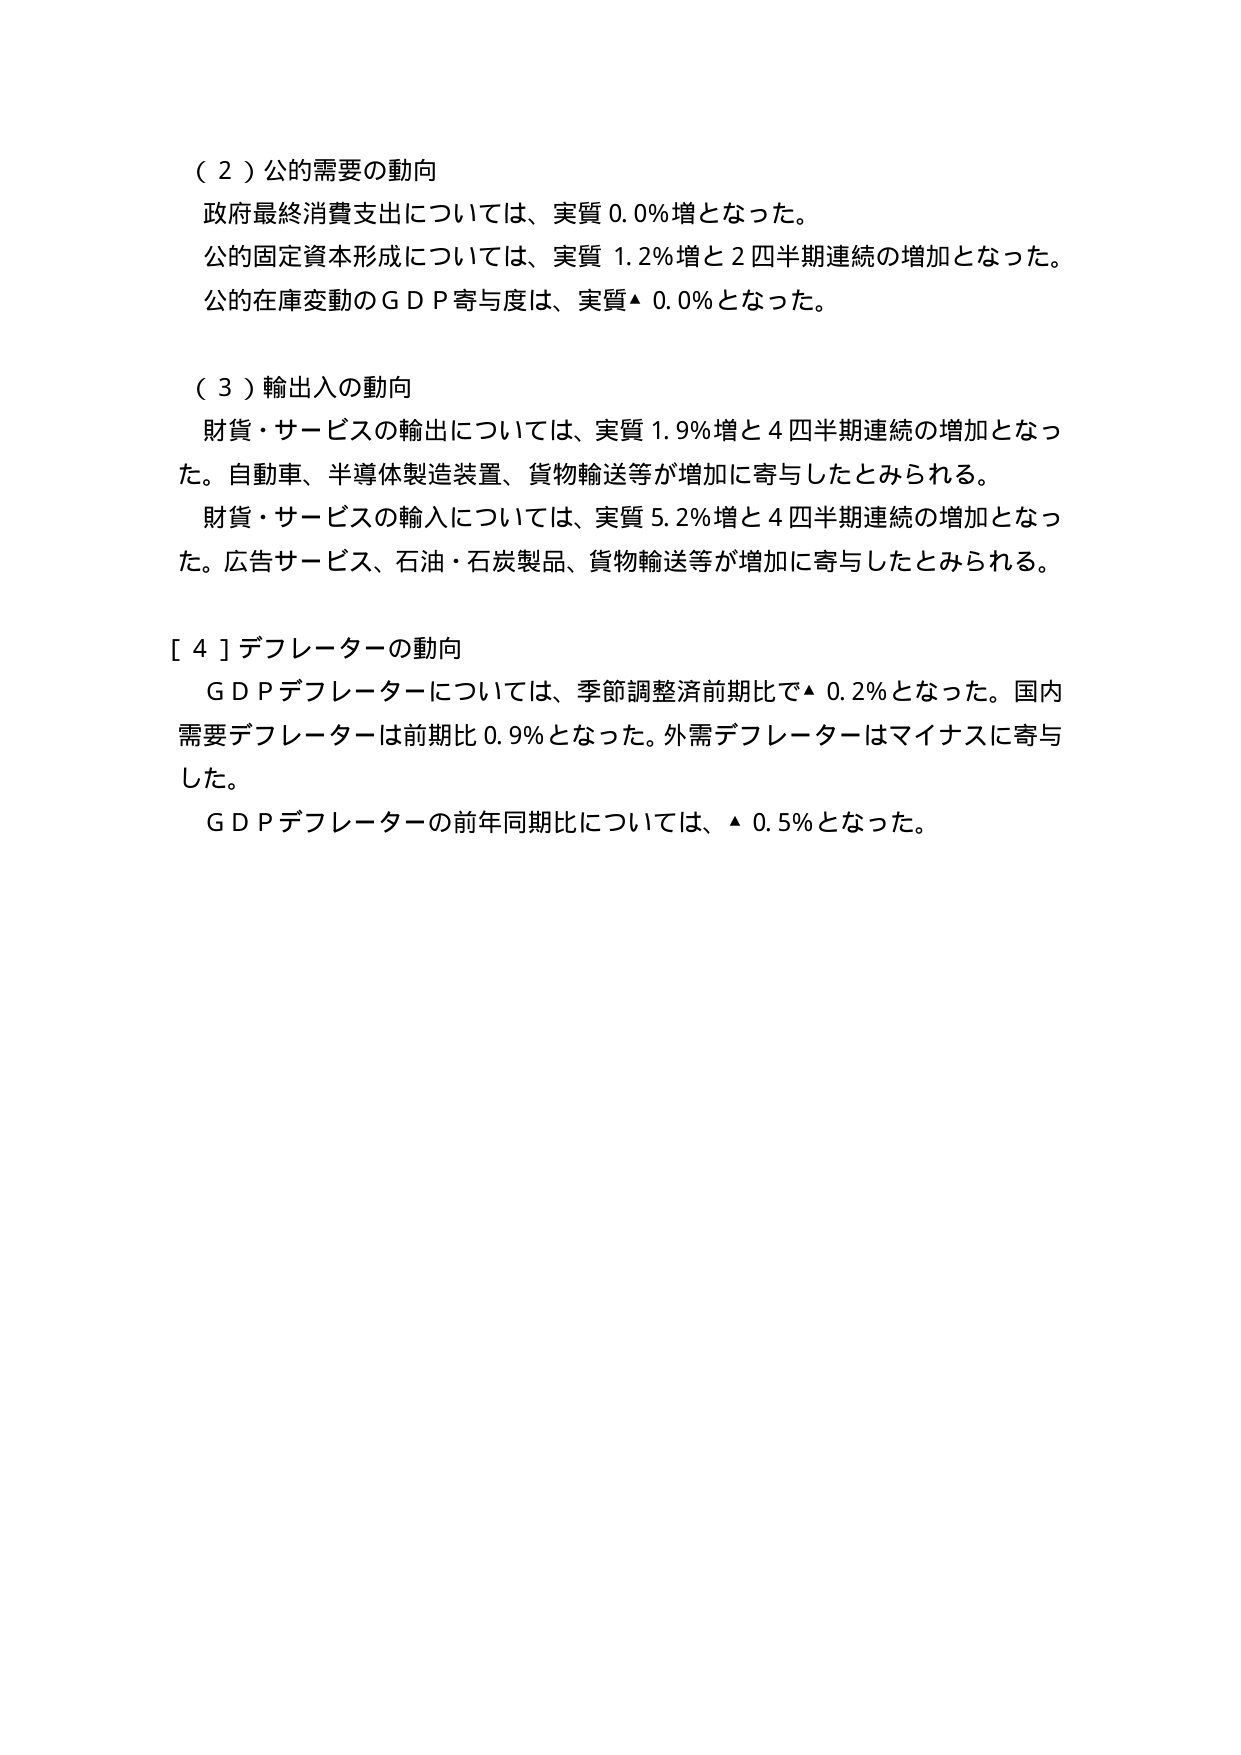
（２）公的需要の動向
政府最終消費支出については、実質 0.0％増となった。
公的固定資本形成については、実質 1.2％増と２四半期連続の増加となった。
公的在庫変動のＧＤＰ寄与度は、実質▲ 0.0％となった。

（３）輸出入の動向
財貨・サービスの輸出については、実質 1.9％増と４四半期連続の増加となった。自動車、半導体製造装置、貨物輸送等が増加に寄与したとみられる。
財貨・サービスの輸入については、実質 5.2％増と４四半期連続の増加となった。広告サービス、石油・石炭製品、貨物輸送等が増加に寄与したとみられる。

［４］デフレーターの動向
ＧＤＰデフレーターについては、季節調整済前期比で▲ 0.2％となった。国内需要デフレーターは前期比 0.9％となった。外需デフレーターはマイナスに寄与した。
ＧＤＰデフレーターの前年同期比については、▲ 0.5％となった。